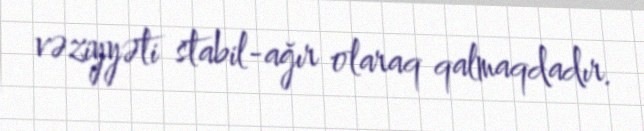
vəziyyəti stabil-ağır olaraq qalmaqdadır.